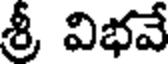
శ్రీ విభవే